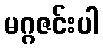
မဂ္ဂဇင်းပါ